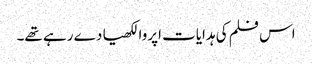
اس فلم کی ہدایات اپروا لکھیا دے رہے تھے۔